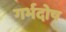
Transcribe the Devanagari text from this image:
गर्भदोष